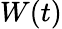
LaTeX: W(t)